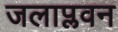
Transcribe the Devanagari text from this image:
जलाप्लवन